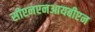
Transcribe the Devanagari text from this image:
सीएनएनआयबीएन